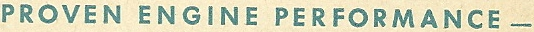
PROVEN ENGINE PERFORMANCE _